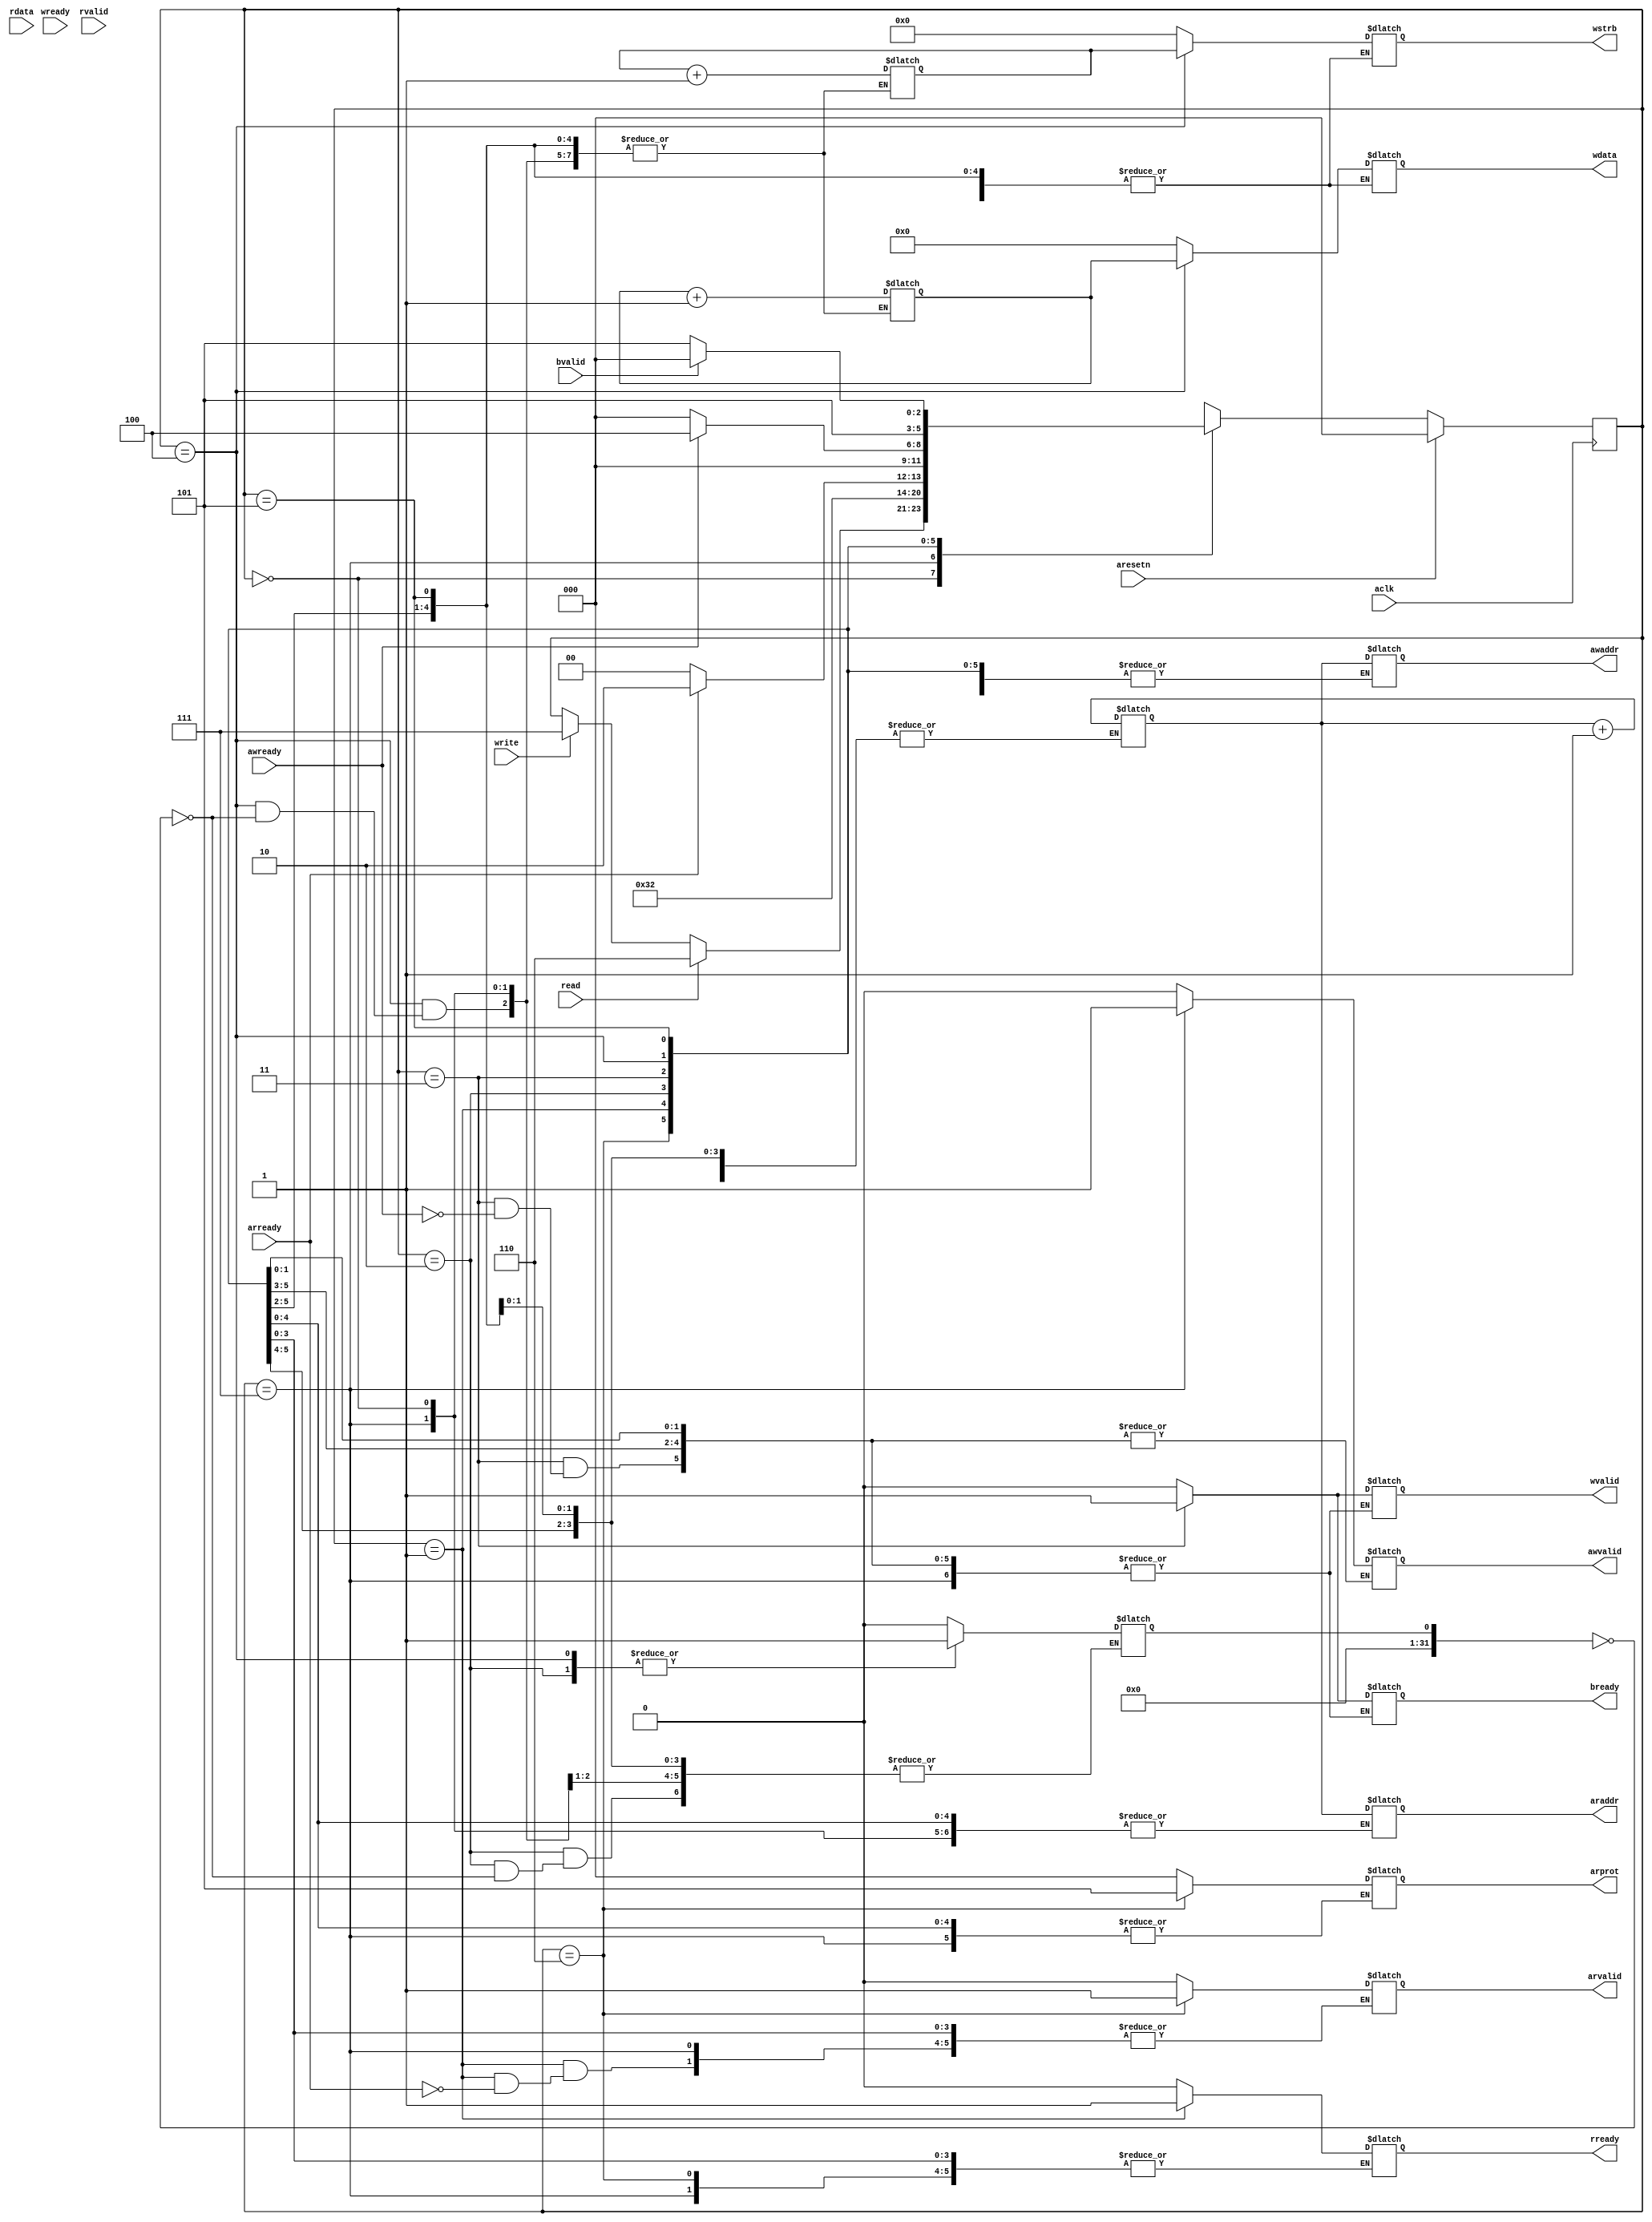
`timescale 1ns / 1ps
//////////////////////////////////////////////////////////////////////////////////
// Company: 
// Engineer: 
// 
// Design Name: 
// Module Name: ReadModule
// Project Name: 
// Target Devices: 
// Tool Versions: 
// Description: 
// 
// Dependencies: 
// 
// Revision:
// Revision 0.01 - File Created
// Additional Comments:
// 
//////////////////////////////////////////////////////////////////////////////////



module MasterModule#(parameter DATA_WIDTH_MASTER = 32,
parameter STROBE_WIDTH_MASTER = DATA_WIDTH_MASTER/8,
parameter ADDRESS_WIDTH_MASTER = 8)(

	//Global signals
	input 					aclk,
	input 					aresetn,
	//Write address channel
	output reg [ADDRESS_WIDTH_MASTER-1:0] 	 awaddr,
	output reg				awvalid,
	input					awready,
	//Write data channel
	output reg [DATA_WIDTH_MASTER-1:0]		 wdata,
	output reg [STROBE_WIDTH_MASTER-1:0]	 wstrb,
	output reg				                 wvalid,
	input                                    wready,			
	//Write response channel
    input					bvalid,
	output reg				bready,
	//Read address channel
	output reg [ADDRESS_WIDTH_MASTER-1:0]	araddr,
    output reg [2:0]                        arprot,
	output reg                              arvalid,
	input                                   arready,
	//Read data channel
	input [DATA_WIDTH_MASTER-1:0]			rdata,
	input                                   rvalid,
	output reg                              rready,
	//Test signals
	input read,
	input write	
	);

reg [DATA_WIDTH_MASTER-1:0]dataIncoming;
reg [2:0] ss, ss_next;
reg [DATA_WIDTH_MASTER-1:0] write_data=32'b10101010101010101010101010101010; //4500011
reg [STROBE_WIDTH_MASTER-1:0] write_strb=4'b1111;
reg [ADDRESS_WIDTH_MASTER-1:0] addr = 8'b00000000;
localparam S0=3'b000, READ=3'b001, DATAREAD=3'b010, WRITE=3'b011, DATAWRITE=3'b100, RESPONSE=3'b101, READINIT=3'b110, WRITEINIT=3'b111; 
integer update = 0;

always @(posedge aclk)
if(aresetn) ss<=S0;
else ss<=ss_next;

always @(ss,read,write,addr,aresetn,awready,wready,bvalid,arready,rdata,rvalid)
begin
    ss_next=ss;
    begin
    case(ss)
        S0: 
            begin
                wdata=0;
                wstrb=0;
                wvalid=0;
                awvalid=0;
                arvalid=0;
                arprot=0;
                rready=0;
                bready=0;
                update=0;
                
                if(write==1) ss_next=WRITEINIT;
                    
                if(read==1) ss_next=READINIT;

            end
        
        
        WRITEINIT:
            begin
                ss_next=WRITE;
                awvalid=1;
                awaddr=addr;
            end
            
            
        READINIT:
            begin
                arvalid=1;
                ss_next=READ;
                araddr=addr;
                arprot= 3'b101;                    
            end     

            
        
        READ:
            if(arready==1)
                begin
                    rready=1;
                    ss_next=DATAREAD; 
                    arvalid=0;
                end
            else ss_next=S0;
        
        
        DATAREAD:
            begin
                dataIncoming=rdata;
                ss_next=S0;
                if(update==0)
                    begin
                        addr=addr+1;
                        update = 1;
                    end
            end
            
            
        WRITE:
            if(awready==1)
                 begin
                    wvalid=1;
                    bready=1;
                    ss_next=DATAWRITE;
                    awvalid=0;
                  end
            else ss_next=S0; 
        
          
        DATAWRITE:
            begin
                wdata = write_data;
                wstrb = write_strb;
                if(update==0)
                    begin
                        write_data = write_data+1;
                        addr=addr+1;
                        write_strb=write_strb+1;
                        update = 1;
                    end
                ss_next=RESPONSE;
            end
        
        
        RESPONSE:
            begin
                if(bvalid==1) ss_next=S0;
                else ss_next=RESPONSE;
            end
      endcase
    end
end
endmodule